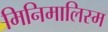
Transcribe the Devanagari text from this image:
मिनिमालिस्म